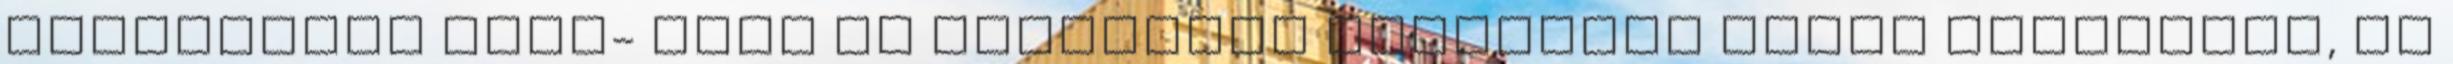
kiegészítõ füst- vagy hõ érzékelõk beépítése akkor szükséges, ha